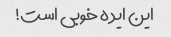
این ایده خوبی است!